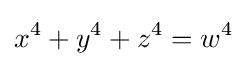
x^{4}+y^{4}+z^{4}=w^{4}